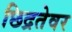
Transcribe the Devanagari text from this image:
छिद्रतेवर